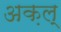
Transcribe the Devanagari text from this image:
अक़ल्‌